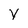
Character: Y